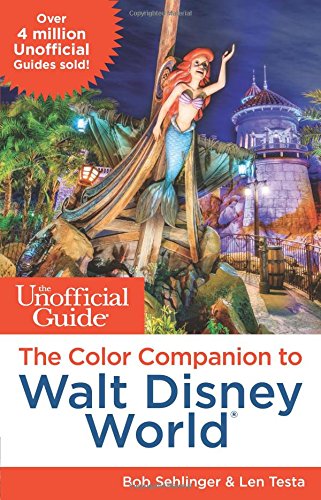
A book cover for The Unofficial Guide: The Color Companion to Walt Disney World; Bob Sehlinger; Parenting & Relationships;